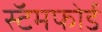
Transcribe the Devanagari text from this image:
स्टॅमफोर्ड